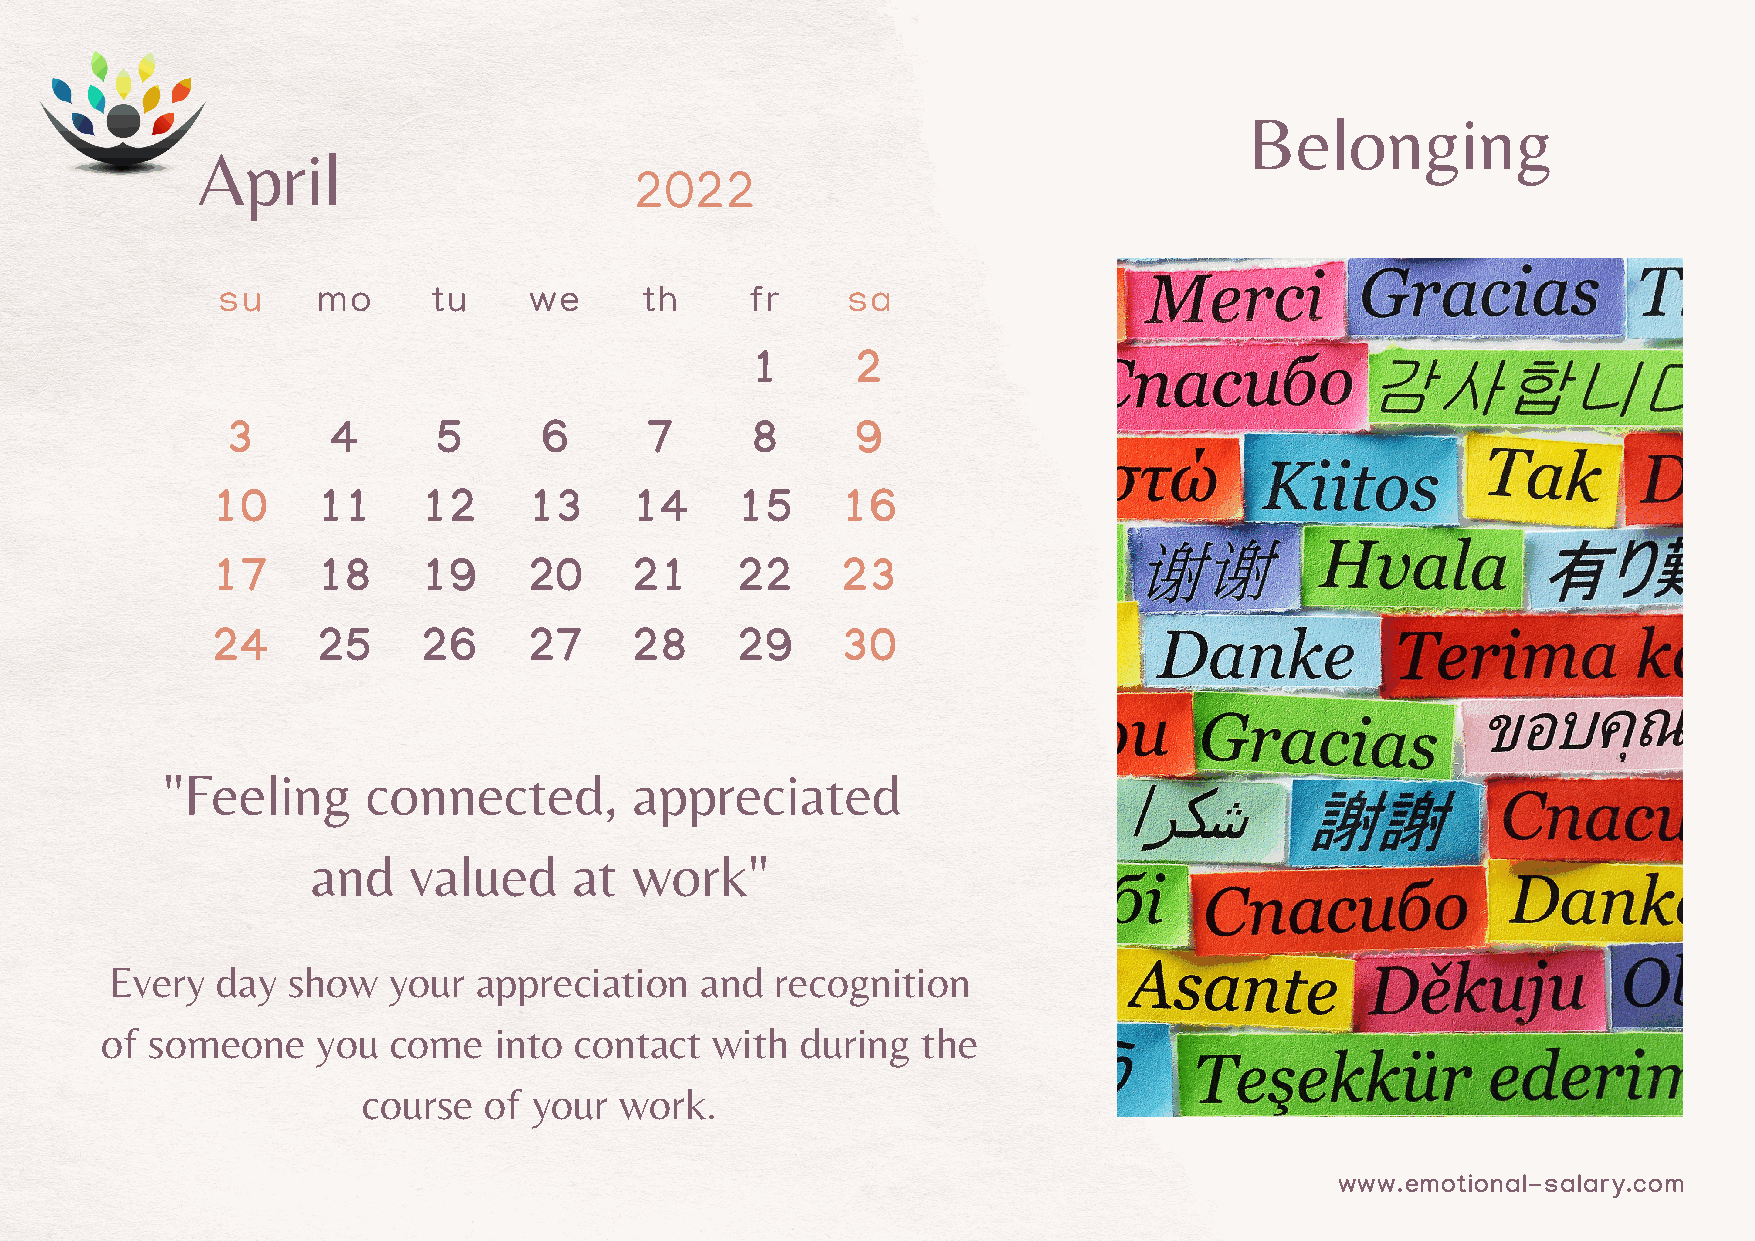
Belonging
 April
 2022
 su     mo      tu    we     th      fr    sa
 1      2
 3      4      5      6      7      8      9
 10     11     12     13     14     15     16
 17     18     19     20     21     22     23
 24     25     26     27     28     29     30
 "Feeling     connected,        appreciated
 and   valued     at  work"
 Every  day  show   your appreciation   and  recognition
 of someone    you  come   into contact  with  during  the
 course  of your  work.
 www.emotional-salary.com